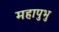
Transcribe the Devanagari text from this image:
महापुभु